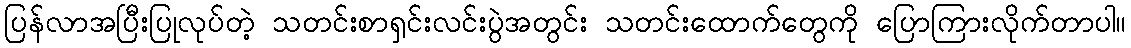
ပြန်လာအပြီးပြုလုပ်တဲ့ သတင်းစာရှင်းလင်းပွဲအတွင်း သတင်းထောက်တွေကို ပြောကြားလိုက်တာပါ။